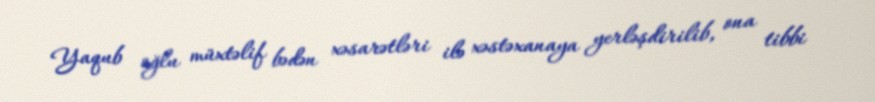
Yaqub oğlu müxtəlif bədən xəsarətləri ilə xəstəxanaya yerləşdirilib, ona tibbi